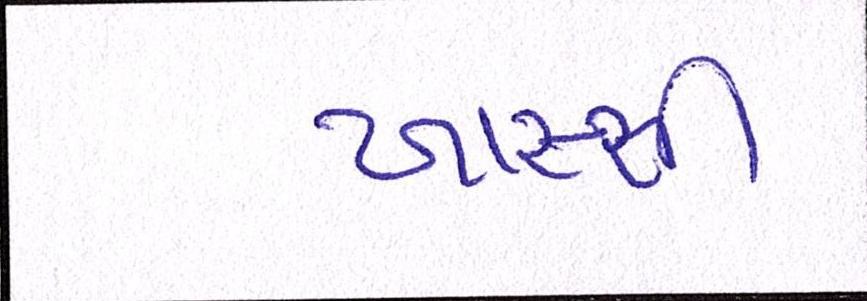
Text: ખાસ્સી